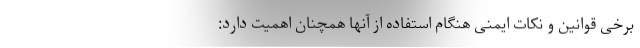
برخی قوانین و نکات ایمنی هنگام استفاده از آنها همچنان اهمیت دارد: